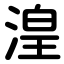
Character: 湟